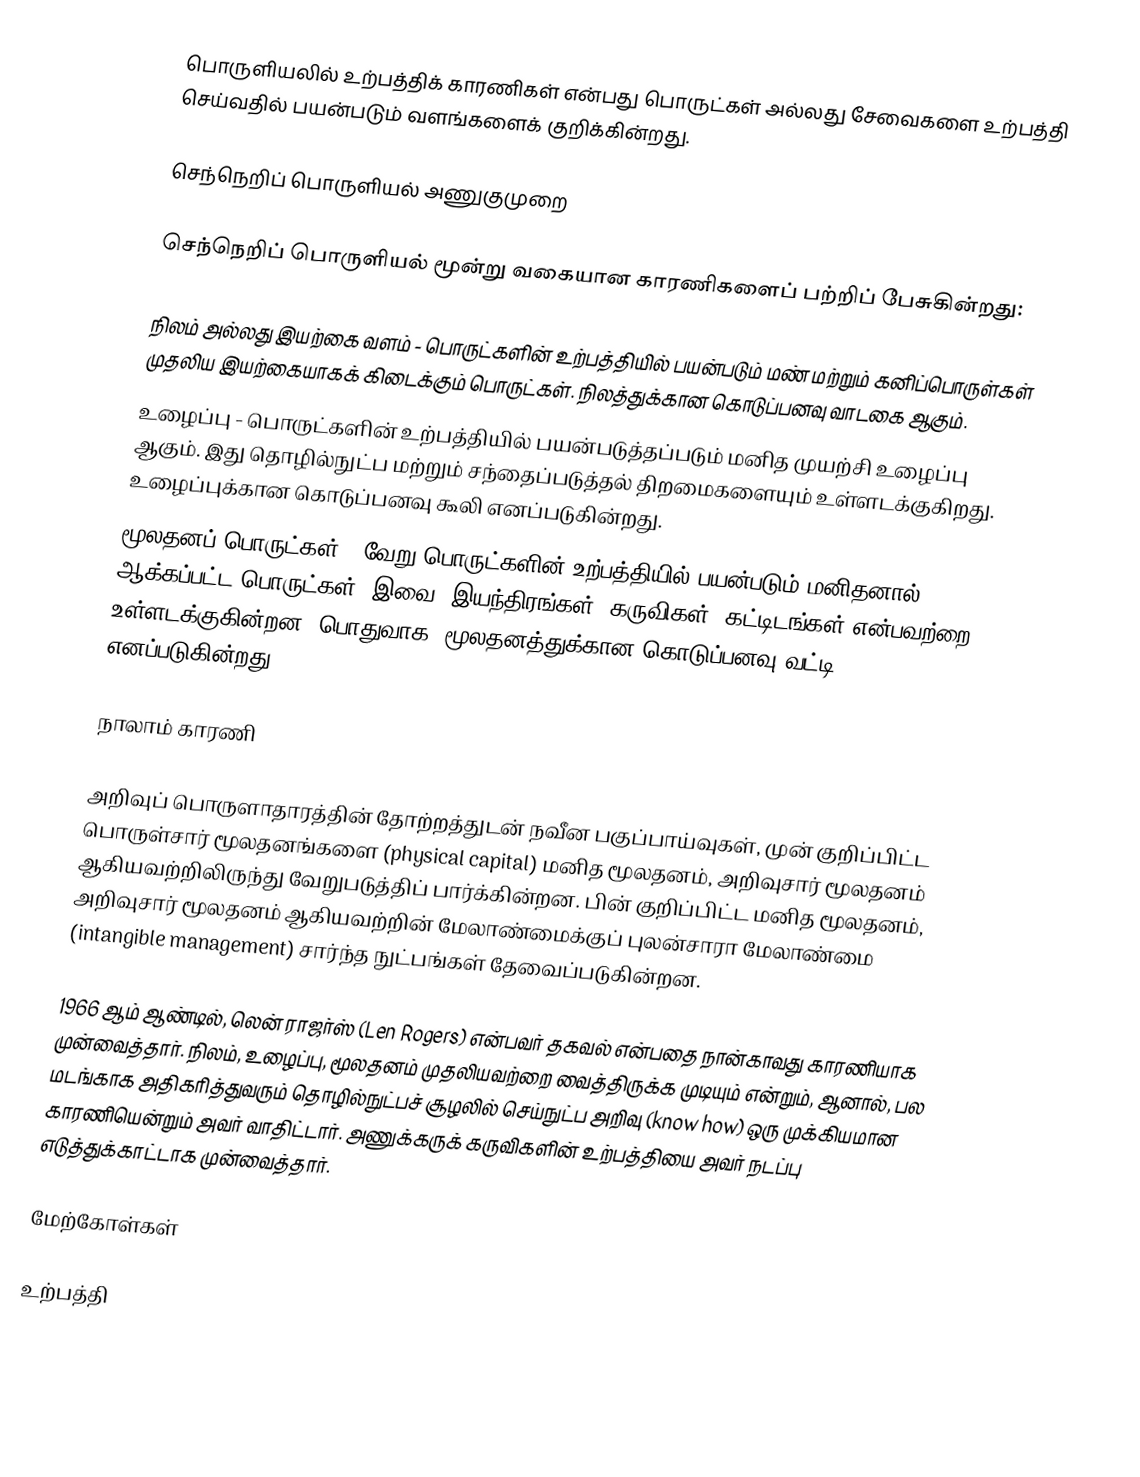
பொருளியலில் உற்பத்திக் காரணிகள் என்பது பொருட்கள் அல்லது சேவைகளை உற்பத்தி செய்வதில் பயன்படும் வளங்களைக் குறிக்கின்றது.

செந்நெறிப் பொருளியல் அணுகுமுறை

செந்நெறிப் பொருளியல் மூன்று வகையான காரணிகளைப் பற்றிப் பேசுகின்றது:

 நிலம் அல்லது இயற்கை வளம் - பொருட்களின் உற்பத்தியில் பயன்படும் மண் மற்றும் கனிப்பொருள்கள் முதலிய இயற்கையாகக் கிடைக்கும் பொருட்கள். நிலத்துக்கான கொடுப்பனவு வாடகை ஆகும்.
 உழைப்பு - பொருட்களின் உற்பத்தியில் பயன்படுத்தப்படும் மனித முயற்சி உழைப்பு ஆகும். இது தொழில்நுட்ப மற்றும் சந்தைப்படுத்தல் திறமைகளையும் உள்ளடக்குகிறது. உழைப்புக்கான கொடுப்பனவு கூலி எனப்படுகின்றது.
 மூலதனப் பொருட்கள் - வேறு பொருட்களின் உற்பத்தியில் பயன்படும் மனிதனால் ஆக்கப்பட்ட பொருட்கள். இவை, இயந்திரங்கள், கருவிகள், கட்டிடங்கள் என்பவற்றை உள்ளடக்குகின்றன. பொதுவாக, மூலதனத்துக்கான கொடுப்பனவு வட்டி எனப்படுகின்றது.

நாலாம் காரணி

அறிவுப் பொருளாதாரத்தின் தோற்றத்துடன் நவீன பகுப்பாய்வுகள், முன் குறிப்பிட்ட பொருள்சார் மூலதனங்களை (physical capital) மனித மூலதனம், அறிவுசார் மூலதனம் ஆகியவற்றிலிருந்து வேறுபடுத்திப் பார்க்கின்றன. பின் குறிப்பிட்ட மனித மூலதனம், அறிவுசார் மூலதனம் ஆகியவற்றின் மேலாண்மைக்குப் புலன்சாரா மேலாண்மை (intangible management) சார்ந்த நுட்பங்கள் தேவைப்படுகின்றன.

1966 ஆம் ஆண்டில், லென் ராஜர்ஸ் (Len Rogers) என்பவர் தகவல் என்பதை நான்காவது காரணியாக முன்வைத்தார். நிலம், உழைப்பு, மூலதனம் முதலியவற்றை வைத்திருக்க முடியும் என்றும், ஆனால், பல மடங்காக அதிகரித்துவரும் தொழில்நுட்பச் சூழலில் செய்நுட்ப அறிவு (know how) ஒரு முக்கியமான காரணியென்றும் அவர் வாதிட்டார். அணுக்கருக் கருவிகளின் உற்பத்தியை அவர் நடப்பு எடுத்துக்காட்டாக முன்வைத்தார்.

மேற்கோள்கள்

உற்பத்தி